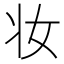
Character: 妆